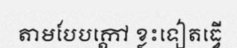
តាមបែបក្តៅ ខ្លះទៀតធ្វើ